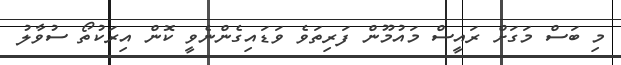
މި ބަސް މަގަށް ރައީސް މައުމޫން ފަރިތަވެ ވަޑައިގެންނެވީ ކޮން އިރަކުތޯ ސުވާލު